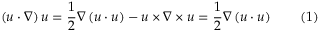
\left( { \boldsymbol { u } } \cdot { \boldsymbol { \nabla } } \right) { \boldsymbol { u } } = { \frac { 1 } { 2 } } { \boldsymbol { \nabla } } \left( { \boldsymbol { u } } \cdot { \boldsymbol { u } } \right) - { \boldsymbol { u } } \times { \boldsymbol { \nabla } } \times { \boldsymbol { u } } = { \frac { 1 } { 2 } } { \boldsymbol { \nabla } } \left( { \boldsymbol { u } } \cdot { \boldsymbol { u } } \right) \qquad ( 1 )